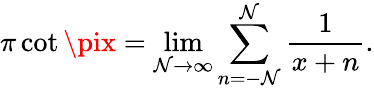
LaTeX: \pi\cot\pix=\operatorname*{lim}_{\mathcal{N}\to\infty}\sum_{n=-\mathcal{N}}^{\mathcal{N}}{\frac{{1}}{{x+n}}}.